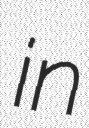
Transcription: in